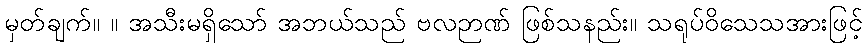
မှတ်ချက်။ ။ အသီးမရှိသော် အဘယ်သည် ဗလဉာဏ် ဖြစ်သနည်း။ သရုပ်ဝိသေသအားဖြင့်